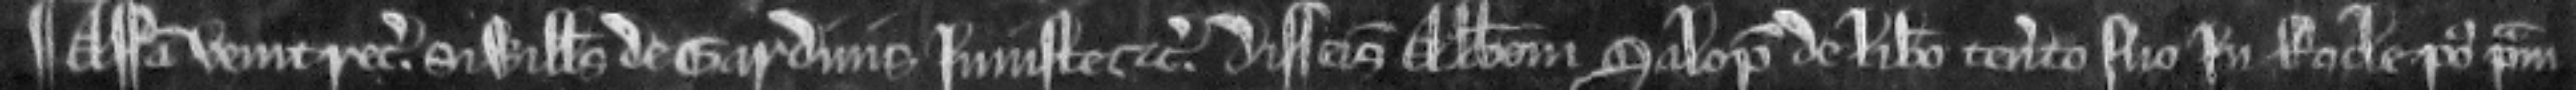
¶ Assisa venit recognitura si Willelmus de Gardinis Injuste etc. disseisivit Abbatem Salopem de libero tenemento suo In Rocle post primam